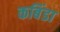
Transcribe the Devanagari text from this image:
कबिंडा